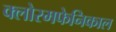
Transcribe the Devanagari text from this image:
क्लोरमफेनिकाल